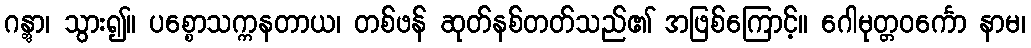
ဂန္တွာ၊ သွား၍။ ပစ္စောသက္ကနတာယ၊ တစ်ဖန် ဆုတ်နစ်တတ်သည်၏ အဖြစ်ကြောင့်။ ဂေါမုတ္တဝင်္ကော နာမ၊